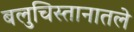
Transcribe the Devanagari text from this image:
बलुचिस्तानातले